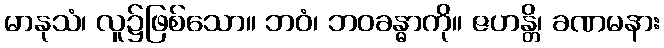
မာနုသံ၊ လူ၌ဖြစ်သော။ ဘဝံ၊ ဘဝခန္ဓာကို။ ဇဟန္တိ၊ ခဏမနား